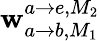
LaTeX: \mathbf{w}_{a\rightarrow b,M_{1}}^{a\rightarrow e,M_{2}}